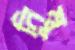
নিম্বু